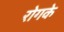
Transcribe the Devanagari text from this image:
रोगके